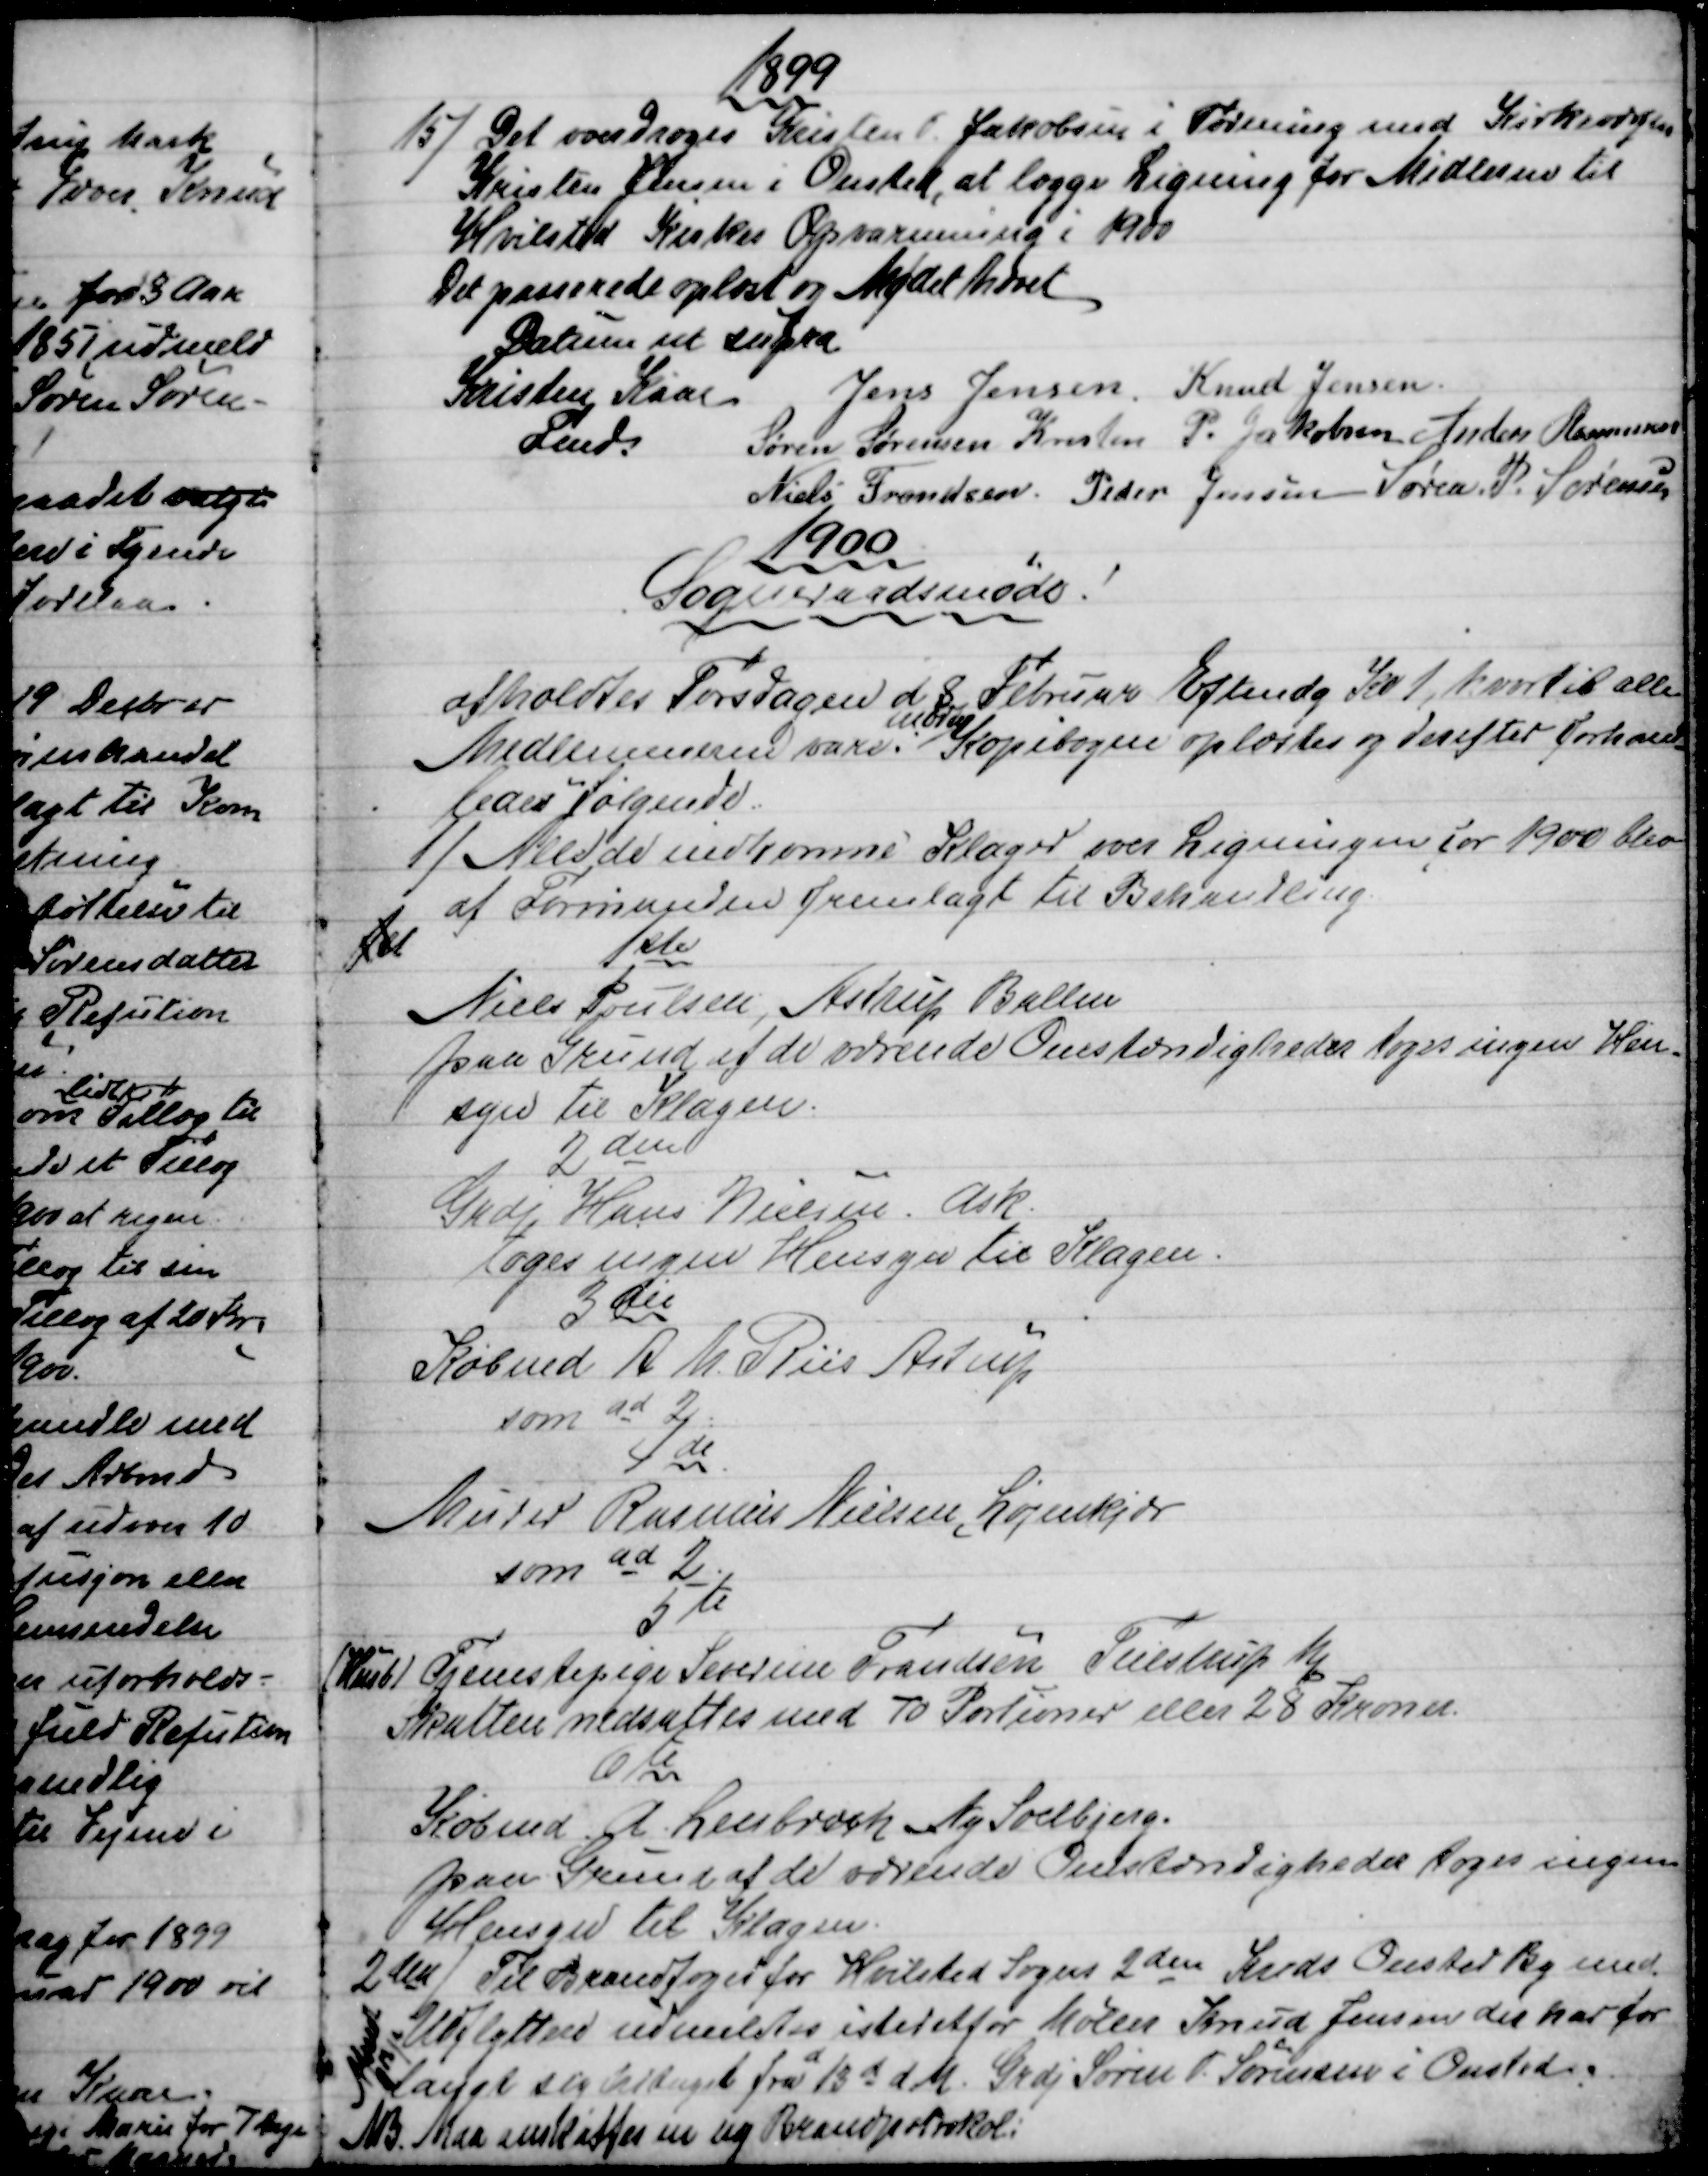
Transskription:
1899
15) 
Det overdroges Kristen P. Jakobsen i Forening med Kirkeværgen
Kristen Jensen i Onsted, at lægge Ligning for Midlerme til
Hvilsted Kirkes Opvarmning i 1900
Det passerede oplæst og Mødet hævet
Datum ut supra
Kristen Kaae
Fmd.
Jens Jensen. Knud Jensen
Søren Sørensen Kresten P. Jakobsen Anders Rasmussen
Niels Frandsen. Peder Jensen Søren. P. Sørensen
1900
Sogneraadsmøde!
afholdtes Torsdagen d 8 Februar Eftmdg Kl 1, hvortil alle
Medlemmerne vare.
mødt
Kopibogen oplæstes og derefter forhand
=
ledes følgende.
1) Alle de indkomne Klager over Ligningen for 1900 blev
af Formanden fremlagt til Behandling
1ste
Niels Poulsen, Astrup Ballen
paa Grund af de værende Omstændigheder toges ingen Hen-
syn til Klagen.
2den
Grdj Hans Nielsen. Ask.
toges ingen Hensyn til Klagen.
3die
Købmd A M Riis Astrup
som ad 2
4de
Murer Rasmus Nielsen, Løjenkjær
som ad 2
5te
 (Husb) 
Tjenestepige Severine Frandsen Tulstrup Mk
Skatten nedsattes med 70 Portioner eller 28 Kroner.
6te
Købmd A. Lenbroch Ny Soelbjerg.
paa Grund af de værende Omstændigheder toges ingen
Hensyn til Klagen.
2den 
Til Brandfoged for Hvilsted Sogns 2den Kreds Gelsted By med
Udflyttere udmeldtes istedetfor Møller Knud Jensen der har for
langt sig undtaget fra 13d d M. Grdj Søren P. Sørensen i Onsted.
Afsendt
d 13/2
NB. Maa anskaffes en ny Brandprotokol.